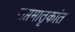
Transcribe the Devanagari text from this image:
सप्तमातृकांत